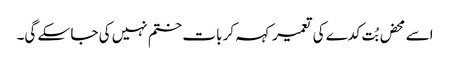
اسے محض بُت کدے کی تعمیر کہہ کر بات ختم نہیں کی جا سکے گی۔